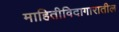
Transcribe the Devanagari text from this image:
माहितीविदागारातील